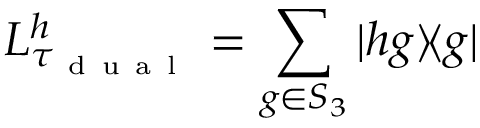
L _ { \tau _ { \mathrm { ~ d ~ u ~ a ~ l ~ } } } ^ { h } = \sum _ { g \in S _ { 3 } } | h g \rangle \! \langle g |